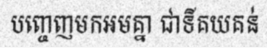
បញ្ចេញមកអមគ្នា ជាទីគយគន់